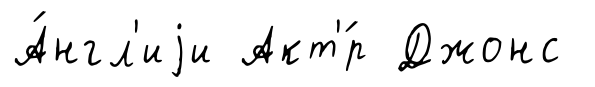
А́нгл'иjи Акт'́р Джонс